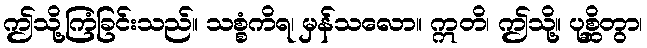
ဤသို့ကြံခြင်းသည်။ သစ္စံကိရ၊ မှန်သလော။ ဣတိ၊ ဤသို့။ ပုစ္ဆိတွာ၊